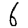
Digit: 6